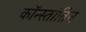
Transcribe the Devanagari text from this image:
कॉन्स्तांतिन